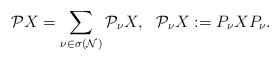
LaTeX: \begin{align*}\mathcal{P}X = \sum_{\nu \in \sigma(\mathcal{N})} \mathcal{P}_\nu X, \,\,\,\, \mathcal{P}_\nu X := P_{\nu} X P_{\nu} .\end{align*}